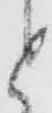
と